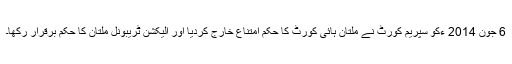
6 جون 2014 ءکو سپریم کورٹ نے ملتان ہائی کورٹ کا حکم امتناع خارج کردیا اور الیکشن ٹریبونل ملتان کا حکم برقرار رکھا۔